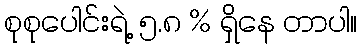
စုစုပေါင်းရဲ့ ၅.၈ % ရှိနေ တာပါ။